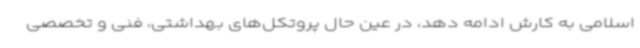
اسلامی به کارش ادامه دهد، در عین حال پروتکل‌های بهداشتی، فنی و تخصصی